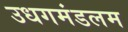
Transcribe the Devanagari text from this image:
उधगमंडलम